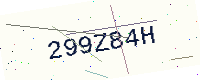
Text: 299Z84H